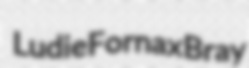
Ludie Fornax Bray